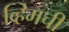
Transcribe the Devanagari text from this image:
व्हिमची